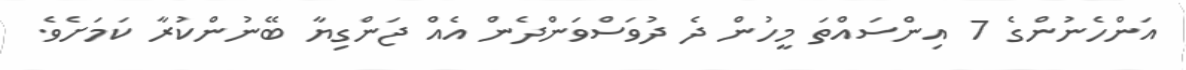
އަންހެނުންގެ 7 އިންސައްތަ މީހުން ދެ ދުވަސްވަންދެން އެއް ޖަންގިޔާ ބޭނުންކުރާ ކަމަށެވެ.